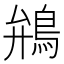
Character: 鴘